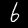
Label: 6